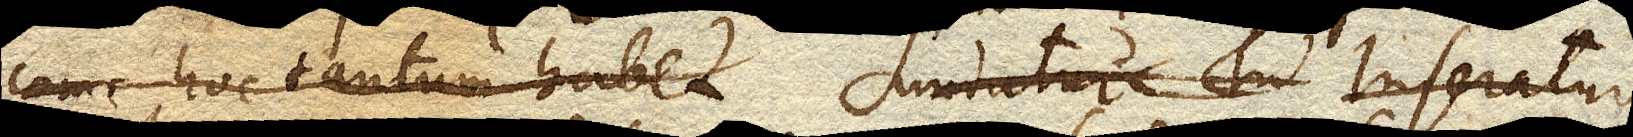
hoc tantum habet Sumatur Tu Inseratur